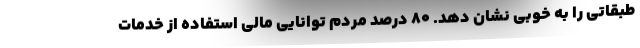
طبقاتی را به خوبی نشان دهد. ۸۰ درصد مردم توانایی مالی استفاده از خدمات